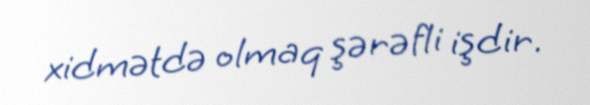
xidmətdə olmaq şərəfli işdir.